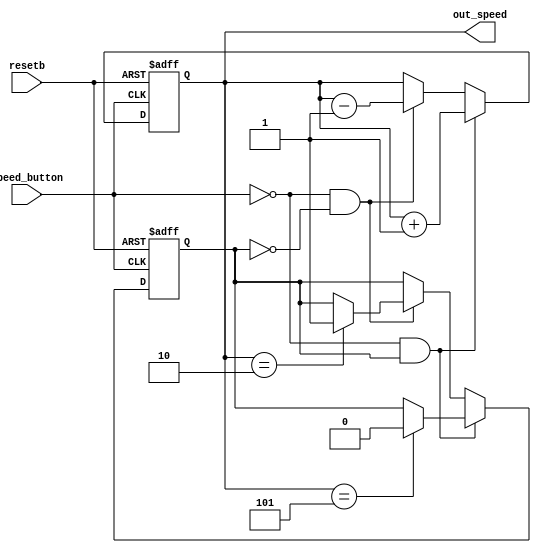
module speed_controller(resetb, speed_button, out_speed);

	//inputs for the speed conroller
	input wire resetb, speed_button;
	
	//this parameter will be an indicator for adding 
	//speed or decreasing if needed. 1- add, 0 - decrease.
	reg speed_up;
	
	//the current speed will be defined by number
	output reg [2:0] out_speed;
	
	parameter ten_laps = 3'b001,
				 laps_50 = 3'b101,
				 laps_20 = 3'b010;
	
	
	always @(negedge speed_button or negedge resetb)
	begin
		if (~resetb)
		begin
			out_speed <= 3'b001;
			speed_up <= 1'b1; 
		end
		else
		begin
			if (~speed_button && speed_up) //pressing the speed button will increase speed
			begin
				out_speed <= out_speed + ten_laps;
				if (out_speed == laps_50 )
					speed_up <= 1'b0; //we got to 60 laps per minute 
			end
		
			else if (~speed_button && ~speed_up) //pressing the speed button will now decrease speed
			begin
				out_speed <= out_speed - ten_laps;
				if (out_speed == laps_20)
					speed_up <= 1'b1; //we got to 10 laps per minute
			end
		end	
	end				
endmodule